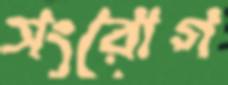
সংরোগ